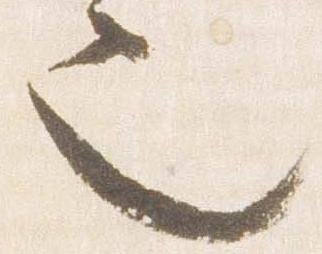
也